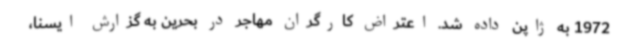
1972 به ژاپن داده شد. اعتراض کارگران مهاجر در بحرین به گزارش ایسنا،